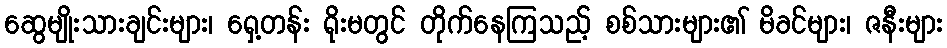
ဆွေမျိုးသားချင်းများ၊ ရှေ့တန်း ရိုးမတွင် တိုက်နေကြသည့် စစ်သားများ၏ မိခင်များ၊ ဇနီးများ